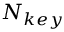
N _ { k e y }